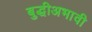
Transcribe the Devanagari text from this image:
बुद्धीअभावी